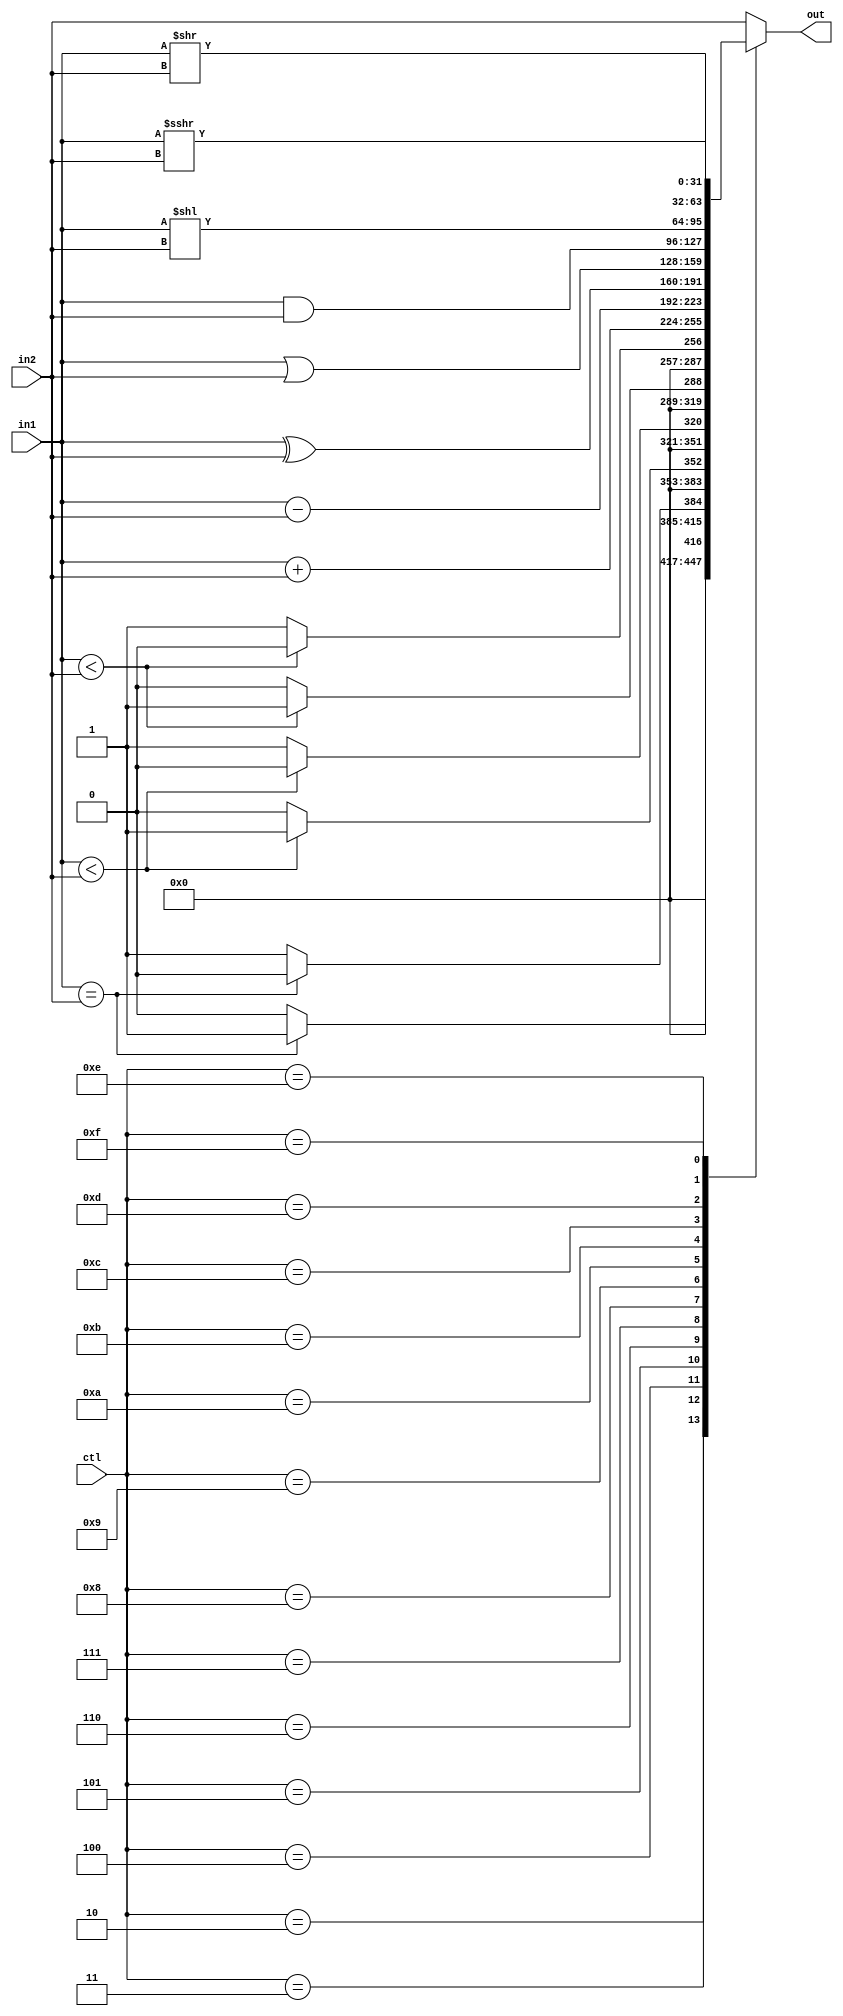

// @file alu.v
// @breif RISC-V  ALU 
// @author Yusuke Matsunaga ( )
//
// Copyright (C) 2019 Yusuke Matsunaga
// All rights reserved.
//
// []
// RISC-V  ALU
//
// []
// in1:   (32)
// in2:   (32)
// ctl:   (4)
// out:   (32)
module alu(input [31:0]      in1,
	   input [31:0]      in2,
	   input [ 3:0]      ctl,
	   output reg [31:0] out);

   // ALU 
   parameter [3:0] ALU_LUI = 4'b0000;
   parameter [3:0] ALU_EQ  = 4'b0010;
   parameter [3:0] ALU_NE  = 4'b0011;
   parameter [3:0] ALU_LT  = 4'b0100;
   parameter [3:0] ALU_GE  = 4'b0101;
   parameter [3:0] ALU_LTU = 4'b0110;
   parameter [3:0] ALU_GEU = 4'b0111;
   parameter [3:0] ALU_ADD = 4'b1000;
   parameter [3:0] ALU_SUB = 4'b1001;
   parameter [3:0] ALU_XOR = 4'b1010;
   parameter [3:0] ALU_OR  = 4'b1011;
   parameter [3:0] ALU_AND = 4'b1100;
   parameter [3:0] ALU_SLL = 4'b1101;
   parameter [3:0] ALU_SRL = 4'b1110;
   parameter [3:0] ALU_SRA = 4'b1111;

   // 
   wire signed [31:0] 	 sin1 = in1;
   wire signed [31:0] 	 sin2 = in2;

   always @ ( * ) begin
      case ( ctl )
	ALU_LUI: out = in2;
	ALU_EQ:  out = (in1 == in2) ?  32'b1 : 32'b0;
	ALU_NE:  out = (in1 == in2) ?  32'b0 : 32'b1;
	ALU_LT:  out = (sin1 < sin2) ? 32'b1 : 32'b0;
	ALU_GE:  out = (sin1 < sin2) ? 32'b0 : 32'b1;
	ALU_LTU: out = (in1 < in2) ?   32'b1 : 32'b0;
	ALU_GEU: out = (in1 < in2) ?   32'b0 : 32'b1;
	ALU_ADD: out = sin1 + sin2;
	ALU_SUB: out = sin1 - sin2;
	ALU_XOR: out = in1 ^ in2;
	ALU_OR:  out = in1 | in2;
	ALU_AND: out = in1 & in2;
	ALU_SLL: out = in1 << in2;
	ALU_SRL: out = in1 >> in2;
	ALU_SRA: out = sin1 >>> in2;
	default: out = in2;
      endcase // case ( ctl )
   end
endmodule // alu